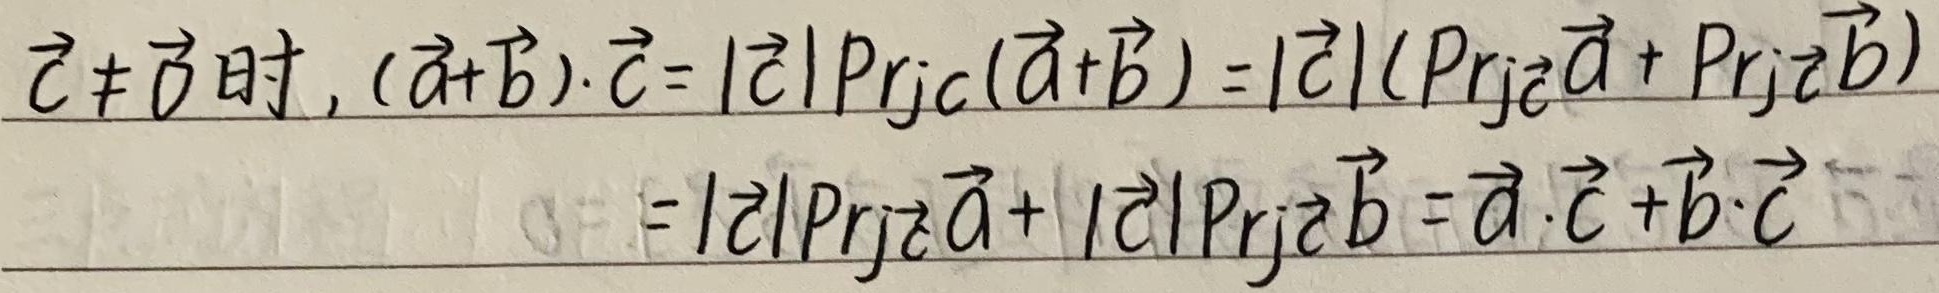
\(\vec{c} \neq \vec{0}\)时, \((\vec{a} + \vec{b})\cdot\vec{c}=|\vec{c}| \mathrm{Prj}_{\vec{c}}(\vec{a}+\vec{b})=|\vec{c}|(\mathrm{Prj}_{\vec{c}}\vec{a}+\mathrm{Prj}_{\vec{c}}\vec{b})\)
\(=|\vec{c}|\mathrm{Prj}_{\vec{c}}\vec{a}+|\vec{c}|\mathrm{Prj}_{\vec{c}}\vec{b}=\vec{a}\cdot\vec{c}+\vec{b}\cdot\vec{c}\)